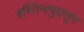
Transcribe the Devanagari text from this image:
हस्तिनापुरातून